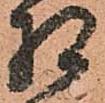
相